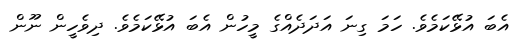
އެބަ އުޅޭކަމެވެ. ހަމަ ގިނަ އަދަދެއްގެ މީހުން އެބަ އުޅޭކަމެވެ. ދިވެހީން ނޫން